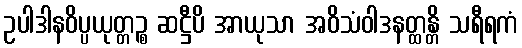
ဥပါဒါနဝိပ္ပယုတ္တဉ္စ ဆဋ္ဌီပိ အာယုသာ အဝိသံဝါဒနတ္ထန္တိ သရီရကံ